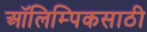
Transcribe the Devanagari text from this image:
ऑलिम्पिकसाठी